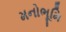
મનોભૂમિ